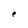
Character: e